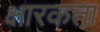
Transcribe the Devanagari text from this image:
क्षारकता